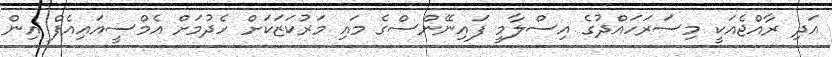
އަދި ރާއްޖެއަކީ މިސަރަހައްދުގެ އިސްލާމީ ފައިނޭންސްގެ މައި މަރުކަޒަކަށް ހެދުމަށް އެމްސީއައިއެފް އިން